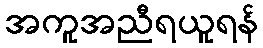
အကူအညီရယူရန်